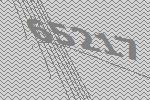
65217